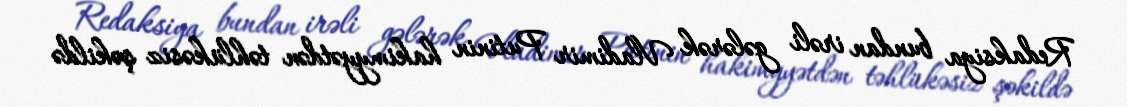
Redaksiya bundan irəli gələrək Vladimir Putinin hakimyyətdən təhlükəsiz şəkildə